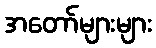
အတော်များများ